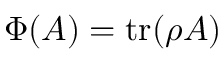
\Phi ( A ) = \operatorname { t r } ( \rho A )